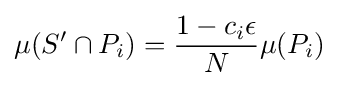
\mu (S'\cap P_{i})={\frac {1-c_{i}\epsilon }{N}}\mu (P_{i})